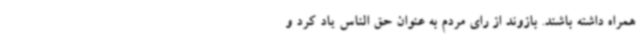
همراه داشته باشند. بازوند از رای مردم به عنوان حق الناس یاد کرد و